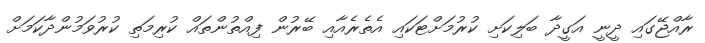
ރާއްޖޭގައި ދީނީ އަގީދާ ބަލިކަށި ކުރުމަށްޓަކައި އެތެރެއާއި ބޭރުން ފިއްތުންތައް ކުރިމަތި ކުރުވަމުންދާކަމަށް